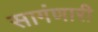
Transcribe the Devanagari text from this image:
सागंणारी